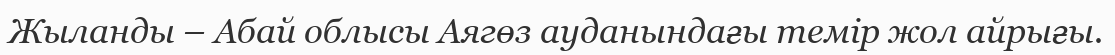
Жыланды – Абай облысы Аягөз ауданындағы темір жол айрығы.